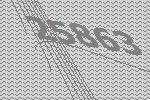
25863